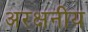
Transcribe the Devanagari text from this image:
अरक्षनीय